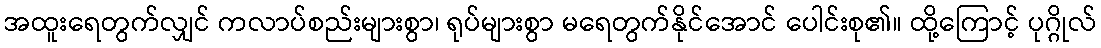
အထူးရေတွက်လျှင် ကလာပ်စည်းများစွာ၊ ရုပ်များစွာ မရေတွက်နိုင်အောင် ပေါင်းစု၏။ ထို့ကြောင့် ပုဂ္ဂိုလ်